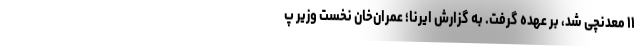
۱۱ معدنچی شد، بر عهده گرفت. به گزارش ایرنا؛ عمران‌خان نخست وزیر پ